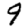
Digit: 9